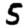
Digit: 5